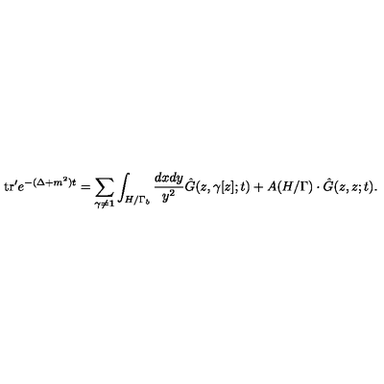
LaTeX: \mathrm { t r } ^ { \prime } e ^ { - ( \Delta + m ^ { 2 } ) t } = \sum _ { \gamma \neq { \bf 1 } } \int _ { H / \Gamma _ { b } } { \frac { d x d y } { y ^ { 2 } } } { \hat { G } } ( z , \gamma [ z ] ; t ) + A ( H / \Gamma ) \cdot { \hat { G } } ( z , z ; t ) .